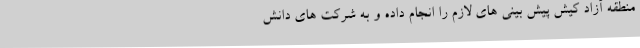
منطقه آزاد کیش پیش بینی های لازم را انجام داده و به شرکت های دانش